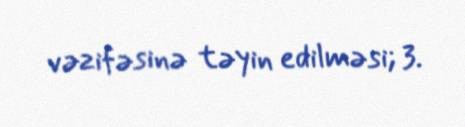
vəzifəsinə təyin edilməsi; 3.